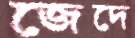
জেদে